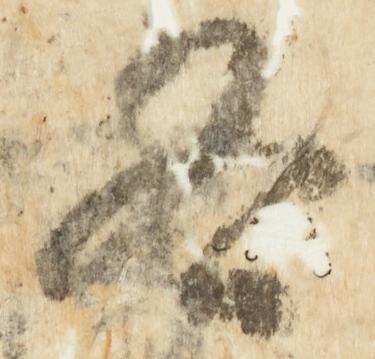
各